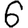
Digit: 6